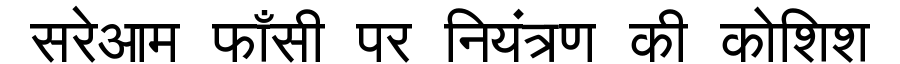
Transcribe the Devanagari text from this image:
सरेआम फाँसी पर नियंत्रण की कोशिश